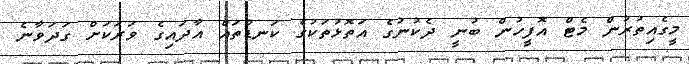
މީގެއިތުރުން މެޓް އޮފީހުން ބުނީ ދެކުނުގެ އަތޮޅުތަކުގެ ކަނޑުތައް އާދައިގެ ވަރަކަށް ގަދަވާނެ